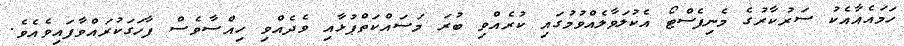
ހަމައެއާއެކު ސަރުކާރުގެ މެނިފެސްޓޯ އެކުލަވާލެއްވުމުގައި ކުރެއްވި ބުރަ މަސައްކަތްޕުޅާއި ވެދެއްވި ހިއްސާވެސް ފާހަގަކުރައްވާފައިވެއެވެ.